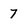
Character: 7